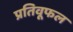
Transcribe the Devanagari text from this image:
प्रतिवूफल